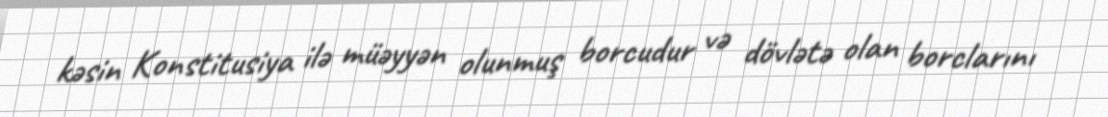
kəsin Konstitusiya ilə müəyyən olunmuş borcudur və dövlətə olan borclarını